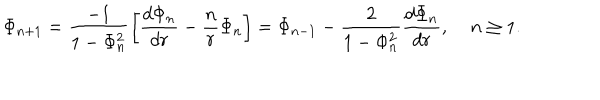
\Phi _ { n + 1 } = \frac { - 1 } { 1 - \Phi _ { n } ^ { 2 } } \left[ \frac { d \Phi _ { n } } { d r } - \frac { n } { r } \Phi _ { n } \right] = \Phi _ { n - 1 } - \frac { 2 } { 1 - \Phi _ { n } ^ { 2 } } \frac { d \Phi _ { n } } { d r } , \; n \geq 1 .